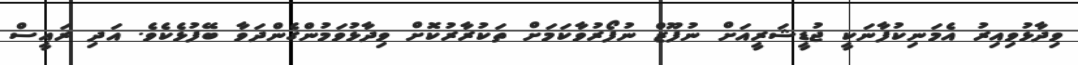
ވިދާޅުވިއިރު އެމަނިކުފާނަކީ ޖުޑީޝަރީއަށް ނުފޫޒް ނުފޯރުވާކަމަށް ތަކުރާރުކޮށް ވިދާޅުވަމުންގެންދަވާ ބޭފުޅެކެވެ. އަދި ރައީސް